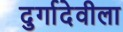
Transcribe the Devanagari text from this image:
दुर्गादेवीला